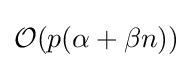
{\mathcal {O}}(p(\alpha +\beta n))